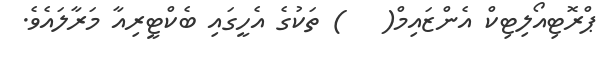
ޕްރޮޓިއޯލިޓިކް އެންޒައިމް(   ) ތަކުގެ އެހީގައި ބެކްޓީރިއާ މަރާލައެވެ.